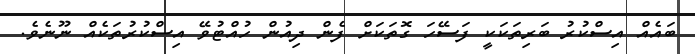
ބައެއް އިސްކުރު ބަރިތަކަކީ ފަސޭހަ ގޮތަކަށް ފެން ދިއުން ހުއްޓުވޭ އިސްކުރުތަކެއް ނޫނެވެ.